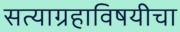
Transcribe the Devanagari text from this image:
सत्याग्रहाविषयीचा